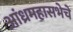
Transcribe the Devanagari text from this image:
आंध्रमहासभेचे